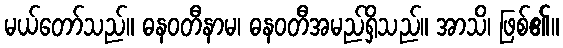
မယ်တော်သည်။ ဓနဝတီနာမ၊ ဓနဝတီအမည်ရှိသည်။ အာသိ၊ ဖြစ်၏။